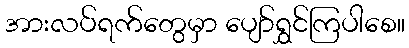
အားလပ်ရက်တွေမှာ ပျော်ရွှင်ကြပါစေ။